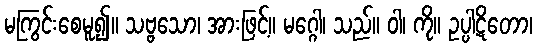
မကြွင်းစေမူ၍။ သဗ္ဗသော၊ အားဖြင့်။ မဂ္ဂေါ၊ သည်။ ဝါ၊ ကို။ ဥပ္ပါဋိတော၊